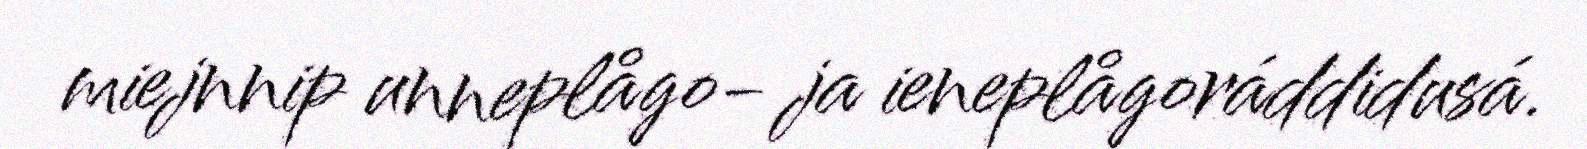
miejnnip unneplågo‐ ja ieneplågoráddidusá.